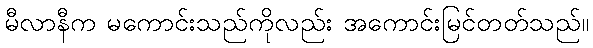
မီလာနီက မကောင်းသည်ကိုလည်း အကောင်းမြင်တတ်သည်။